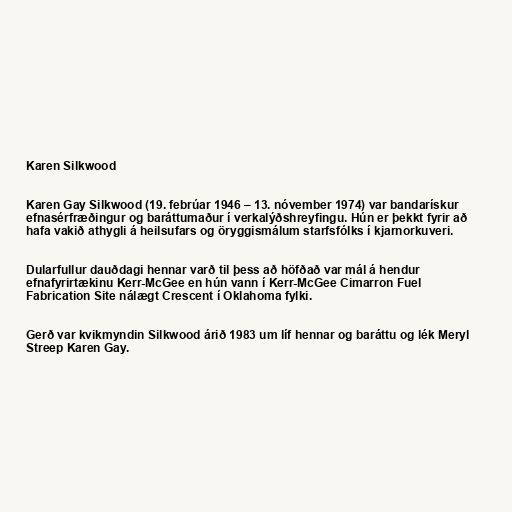
Karen Silkwood

Karen Gay Silkwood (19. febrúar 1946 – 13. nóvember 1974) var bandarískur
efnasérfræðingur og baráttumaður í verkalýðshreyfingu. Hún er þekkt fyrir að
hafa vakið athygli á heilsufars og öryggismálum starfsfólks í kjarnorkuveri.

Dularfullur dauðdagi hennar varð til þess að höfðað var mál á hendur
efnafyrirtækinu Kerr-McGee en hún vann í Kerr-McGee Cimarron Fuel
Fabrication Site nálægt Crescent í Oklahoma fylki.

Gerð var kvikmyndin Silkwood árið 1983 um líf hennar og baráttu og lék Meryl
Streep Karen Gay.